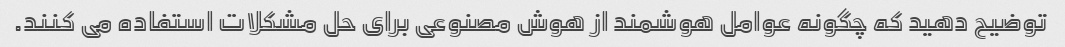
توضیح دهید که چگونه عوامل هوشمند از هوش مصنوعی برای حل مشکلات استفاده می کنند.